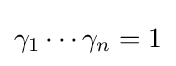
\gamma _{1}\cdots \gamma _{n}=1